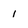
Character: 1